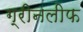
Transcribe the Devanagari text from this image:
ग्रीनलीफ